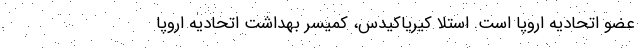
عضو اتحادیه اروپا است. استلا کیریاکیدس، کمیسر بهداشت اتحادیه اروپا